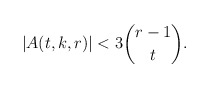
\begin{align*}|A(t,k,r)|< 3\binom{r-1}{t}.\end{align*}